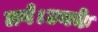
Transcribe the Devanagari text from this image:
लगे।उनके